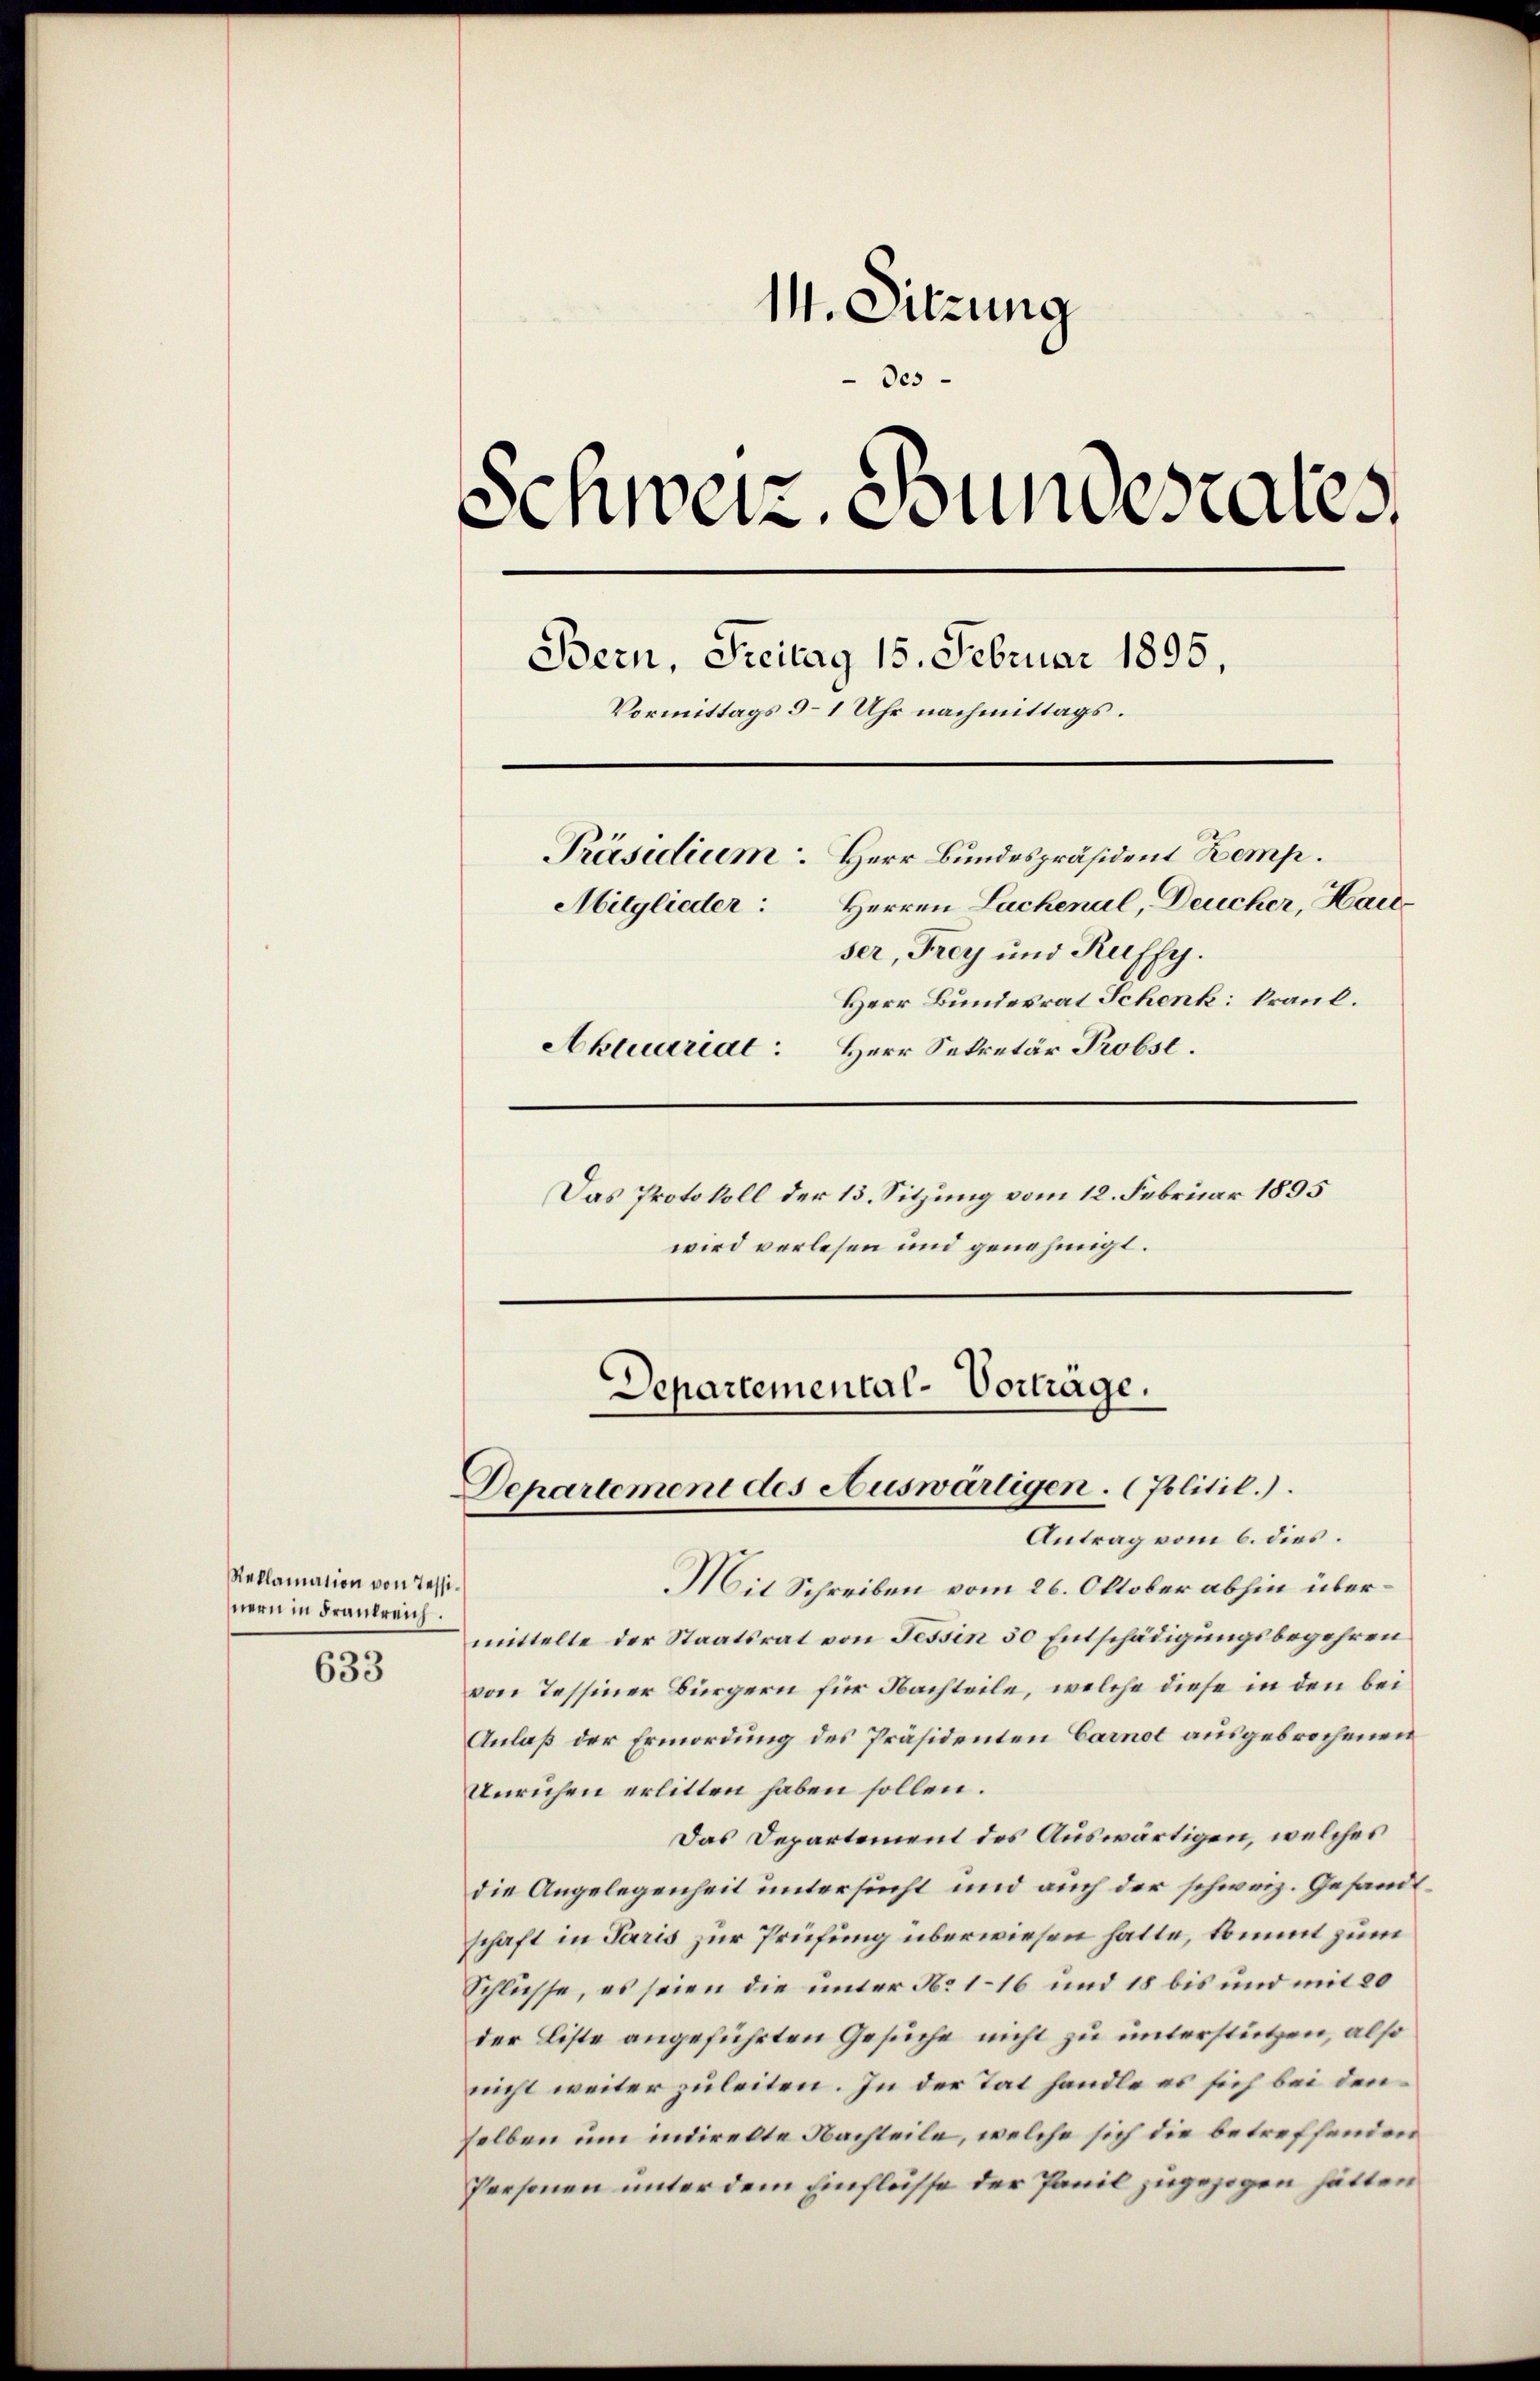
Reklamation von Tessinern in Frankreich.
633

14. Sitzung
Des
Schweiz. Bundestales
Bern, Freitag 15. Februar 1895,
Vormittags 9–1 Uhr nachmittags.
Präsidium. Herr Bundespräsident Kemp
Herren Lachenal, Deucher, Haus
Mitglieder:
ser, Frey und Ruffy.
Herr Bundesrat Schenk: krank.
Aktuariat: Herr Sekretär Probst.

Das Protokoll der 13. Sitzung vom 12. Februar 1895
wird verlesen und genehmigt.

Departemental-Vortrage.
Departement des Auswärtigen. (Politil.).
Antrag vom 6. dies.

Mit Schreiben vom 26. Oktober abhin übermittelte der Staatsrat von Tessin 50 Entschädigungsbegehren
von Tessiner Bürgern für Nachteile, welche diese in den bei
Anlaß der Ermordung des Präsidenten Carnot ausgebrochenen
Unruhen erlitten haben sollen.
Das Departement des Auswärtigen, welches
die Angelegenheit untersucht und auch der schweiz. Gesandtschaft in Paris zur Prüfung überwiesen hatte, kommt zum
Schlüsse, es seien die unter No 116 und 18 bis und mit 20
der Liste angeführten Gesuche nicht zu unterstützen, also
nicht weiter zuleiten. In der Tat handle es sich bei den
selben um indirekte Nachteile, welche sich die betreffenden
Personen unter dem Einflüsse der Panil zugezogen hätten